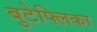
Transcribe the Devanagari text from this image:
बुटेफ्लिका